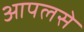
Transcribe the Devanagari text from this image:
आपलसे